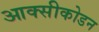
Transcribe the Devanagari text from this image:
आक्सीकोडन